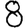
Digit: 8